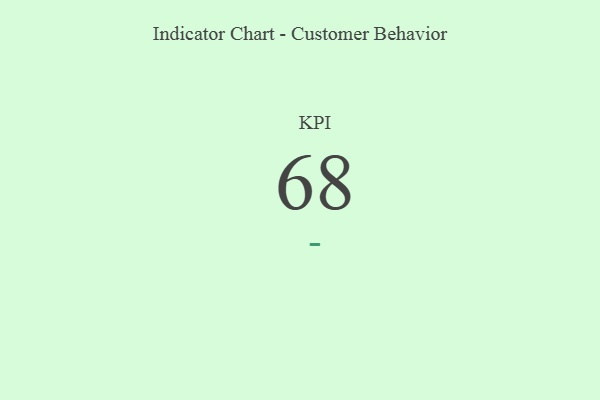
{"axis": {"x": "KPI", "y": "Value"}, "legend": [""], "data": [{"x": "KPI", "y": 68, "type": ""}]}